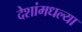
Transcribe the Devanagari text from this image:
देशांमधल्या